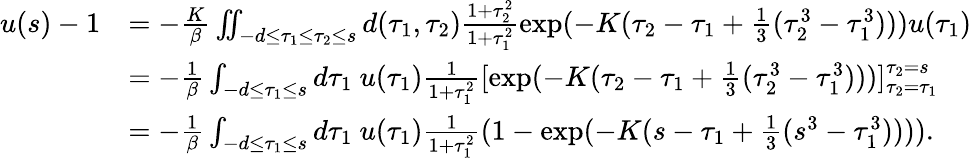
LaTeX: \begin{array}{rl}{u(s)-1}&{=-\frac K\beta\iint_{-d\le\tau_{1}\le\tau_{2}\le s}d(\tau_{1},\tau_{2})\frac{1+\tau_{2}^{2}}{1+\tau_{1}^{2}}\exp(-K(\tau_{2}-\tau_{1}+\frac 13(\tau_{2}^{3}-\tau_{1}^{3})))u(\tau_{1})}\\ &{=-\frac 1\beta\int_{-d\le\tau_{1}\le s}d\tau_{1}\ u(\tau_{1})\frac{1}{1+\tau_{1}^{2}}[\exp(-K(\tau_{2}-\tau_{1}+\frac 13(\tau_{2}^{3}-\tau_{1}^{3})))]_{\tau_{2}=\tau_{1}}^{\tau_{2}=s}}\\ &{=-\frac 1\beta\int_{-d\le\tau_{1}\le s}d\tau_{1}\ u(\tau_{1})\frac{1}{1+\tau_{1}^{2}}(1-\exp(-K(s-\tau_{1}+\frac 13(s^{3}-\tau_{1}^{3})))).}\end{array}